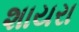
શાયરા